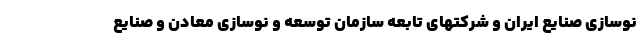
نوسازی صنایع ایران و شرکتهای تابعه سازمان توسعه و نوسازی معادن و صنایع